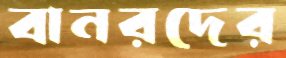
বানরদের